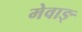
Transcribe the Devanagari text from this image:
मेवाङ्